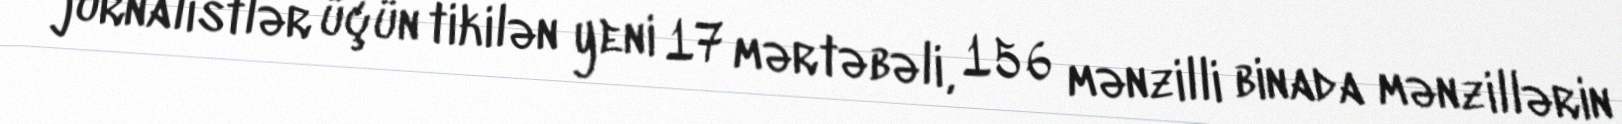
jurnalistlər üçün tikilən yeni 17 mərtəbəli, 156 mənzilli binada mənzillərin